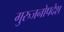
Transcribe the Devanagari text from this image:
गुरुजनोपदेश